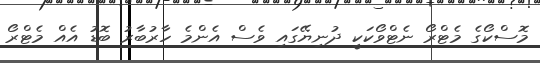
މޮސްކޯގެ މެޓްރޯ ނެޓްވޯކަކީ ދުނިޔޭގައި ވެސް އެންމެ ހާރުބާރު ބޮޑު އެއް މެޓްރޯ